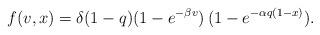
LaTeX: \begin{align*}f(v,x)=\delta(1-q)(1-e^{-\beta v})\,(1-e^{-\alpha q(1-x)}).\end{align*}